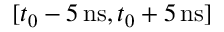
[ t _ { 0 } - 5 \, \mathrm { n s } , t _ { 0 } + 5 \, \mathrm { n s } ]